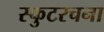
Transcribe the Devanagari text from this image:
स्फुटरचना